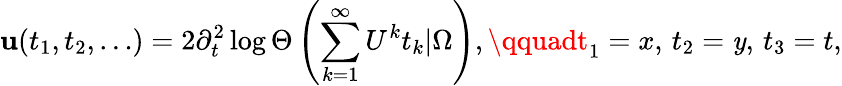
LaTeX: \mathbf{u}(t_{1},t_{2},\ldots)=2\partial_{t}^{2}\log\Theta\left(\sum_{k=1}^{\infty}U^{k}t_{k}|\Omega\right),\qquadt_{1}=x,\, t_{2}=\mathit{y},\, t_{3}=t,